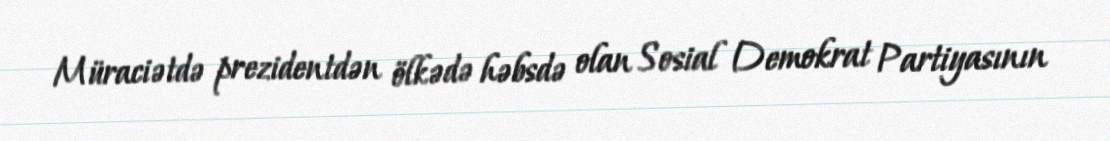
Müraciətdə prezidentdən ölkədə həbsdə olan Sosial Demokrat Partiyasının